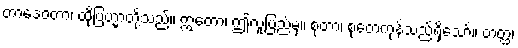
တာဒေဝတာ၊ ထိုဗြဟ္မာတို့သည်။ ဣတော၊ ဤလူ့ပြည်မှ။ စုတာ၊ စုတေကုန်သည်ရှိသော်။ တတ္ထ၊